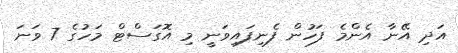
އަދި އޭނާ އެންމެ ފަހުން ފެނިފައިވަނީ މި އޮގަސްޓް މަހުގެ 7 ވަނަ